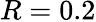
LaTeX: R=0.2